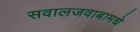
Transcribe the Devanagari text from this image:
सवालजवाबामधे